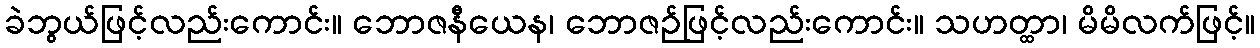
ခဲဘွယ်ဖြင့်လည်းကောင်း။ ဘောဇနီယေန၊ ဘောဇဉ်ဖြင့်လည်းကောင်း။ သဟတ္ထာ၊ မိမိလက်ဖြင့်။